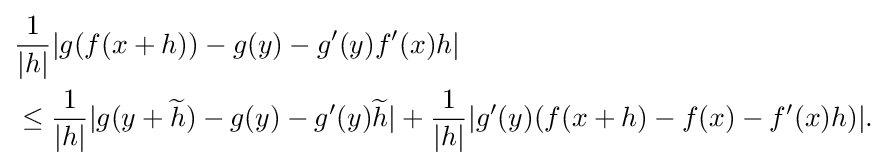
{\begin{aligned}&{\frac {1}{|h|}}|g(f(x+h))-g(y)-g'(y)f'(x)h|\\&\leq {\frac {1}{|h|}}|g(y+{\widetilde {h}})-g(y)-g'(y){\widetilde {h}}|+{\frac {1}{|h|}}|g'(y)(f(x+h)-f(x)-f'(x)h)|.\end{aligned}}